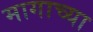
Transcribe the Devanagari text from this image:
मागाच्या